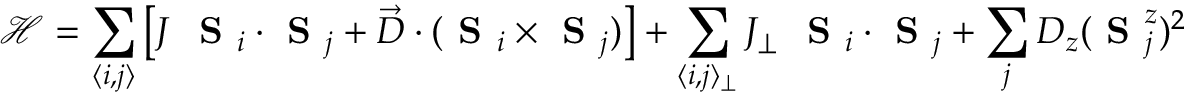
\mathcal { H } = \sum _ { \langle i , j \rangle } \left[ J \ \textbf { S } _ { i } \cdot \textbf { S } _ { j } + \vec { D } \cdot ( \textbf { S } _ { i } \times \textbf { S } _ { j } ) \right] + \sum _ { \langle i , j \rangle _ { \perp } } J _ { \perp } \ \textbf { S } _ { i } \cdot \textbf { S } _ { j } + \sum _ { j } D _ { z } ( \textbf { S } _ { j } ^ { z } ) ^ { 2 }